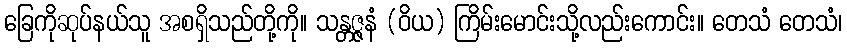
ခြေကိုဆုပ်နယ်သူ အစရှိသည်တို့ကို။ သန္တဇ္ဇနံ (ဝိယ) ကြိမ်းမောင်းသို့လည်းကောင်း။ တေသံ တေသံ၊